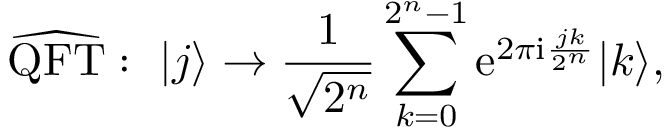
\widehat { \mathrm { Q F T } } : ~ | j \rangle \to \frac { 1 } { \sqrt { 2 ^ { n } } } \sum _ { k = 0 } ^ { 2 ^ { n } - 1 } \mathrm { e } ^ { 2 \pi \mathrm { i } \frac { j k } { 2 ^ { n } } } | k \rangle ,